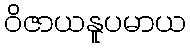
ဝိဇာယနူပမာယ